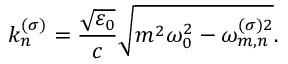
k _ { n } ^ { ( \sigma ) } = \frac { \sqrt { \varepsilon _ { 0 } } } { c } \sqrt { m ^ { 2 } \omega _ { 0 } ^ { 2 } - \omega _ { m , n } ^ { ( \sigma ) 2 } } .